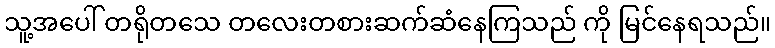
သူ့အပေါ် တရိုတသေ တလေးတစားဆက်ဆံနေကြသည် ကို မြင်နေရသည်။